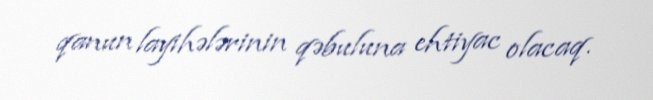
qanun layihələrinin qəbuluna ehtiyac olacaq.